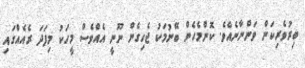
ބިރުވެރިކަން ވަންނާނެއެވެ. ކޮންމެހެން ބޭނުމަކު ޖެހިގެން ނޫނީ އެއްވެސް މީހަކު މިފަދަ ރެއެއްގައި